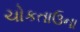
ચોકતાઉના